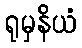
ရုမှနိယံ